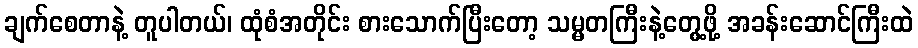
ချက်စေတာနဲ့ တူပါတယ်၊ ထုံစံအတိုင်း စားသောက်ပြီးတော့ သမ္မတကြီးနဲ့တွေ့ဖို့ အခန်းဆောင်ကြီးထဲ